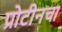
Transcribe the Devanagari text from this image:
प्रोटीनचा